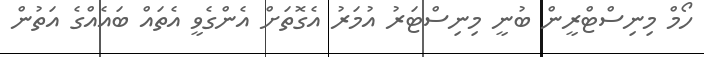
ހޯމް މިނިސްޓްރީން ބުނީ މިނިސްޓަރު އުމަރު އެގޮތަށް އެންގެވީ އެތައް ބައެއްގެ އަތުން